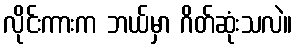
လိုင်းကားက ဘယ်မှာ ဂိတ်ဆုံးသလဲ။